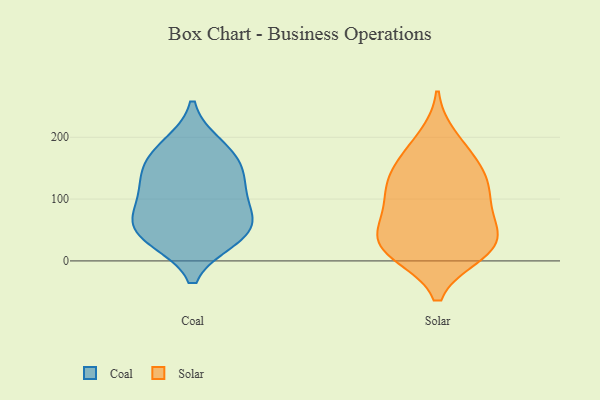
{"axis": {"x": "Operating Costs (USD K)", "y": "Value"}, "legend": ["Coal", "Solar"], "data": [{"x": "", "y": 36, "type": "Coal"}, {"x": "", "y": 186, "type": "Coal"}, {"x": "", "y": 122, "type": "Coal"}, {"x": "", "y": 133, "type": "Coal"}, {"x": "", "y": 70, "type": "Coal"}, {"x": "", "y": 47, "type": "Coal"}, {"x": "", "y": 153, "type": "Coal"}, {"x": "", "y": 37, "type": "Coal"}, {"x": "", "y": 174, "type": "Coal"}, {"x": "", "y": 67, "type": "Coal"}, {"x": "", "y": 97, "type": "Coal"}, {"x": "", "y": 26, "type": "Solar"}, {"x": "", "y": 119, "type": "Solar"}, {"x": "", "y": 48, "type": "Solar"}, {"x": "", "y": 18, "type": "Solar"}, {"x": "", "y": 135, "type": "Solar"}, {"x": "", "y": 153, "type": "Solar"}, {"x": "", "y": 32, "type": "Solar"}, {"x": "", "y": 198, "type": "Solar"}, {"x": "", "y": 96, "type": "Solar"}, {"x": "", "y": 12, "type": "Solar"}, {"x": "", "y": 15, "type": "Solar"}, {"x": "", "y": 172, "type": "Solar"}, {"x": "", "y": 60, "type": "Solar"}, {"x": "", "y": 122, "type": "Solar"}, {"x": "", "y": 84, "type": "Solar"}]}